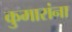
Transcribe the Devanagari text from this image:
कुमारांना